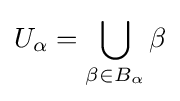
U_{\alpha }=\bigcup _{\beta \in B_{\alpha }}\beta